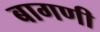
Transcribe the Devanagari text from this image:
बागणी